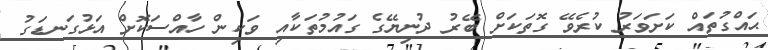
ޙައްގުތައް ކަށަވަރު ކުރެވޭ ގޮތަކަށް ބޭރު ދުނިޔޭގެ ގައުމުތަކާއި ވަކިން ހާއްސަކޮށް އަޅުގަނޑަގު